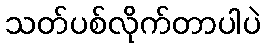
သတ်ပစ်လိုက်တာပါပဲ